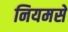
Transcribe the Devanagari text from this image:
नियमसे